Vaccination United Provinces of Agra and Oudh 1914-1922 - 1914-1922
Year: 1914
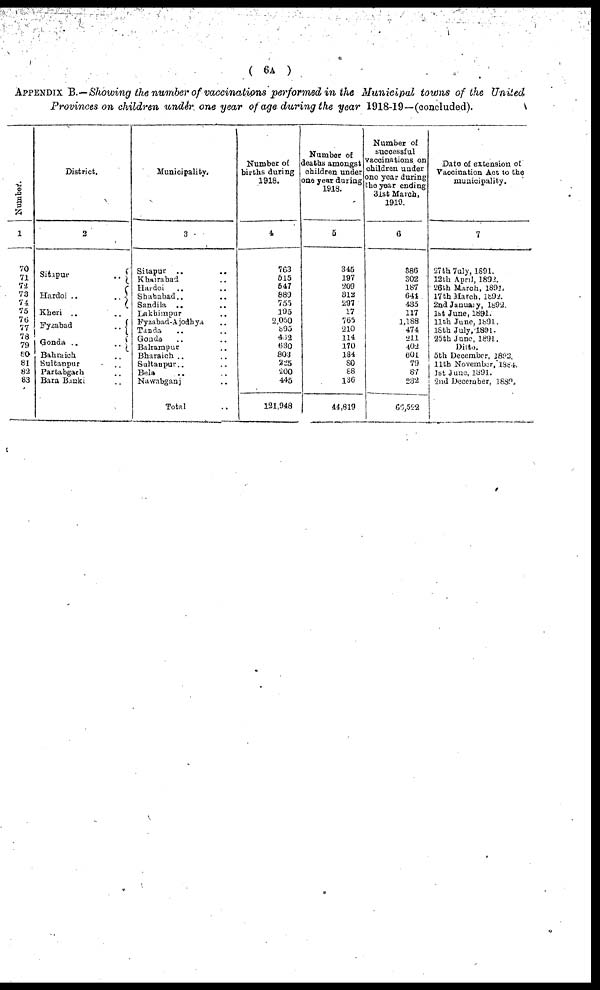
( 6A )
APPENDIX B.—Showing the number of vaccinations performed in the Municipal towns of the United
Provinces on children under one year of age during the year 1918-19—(concluded).
Number.
1
70
71
72
73
74
75
76
77
78
79
80
81
82
83
District.
2
Sitapur
..
Hardoi ..
..
Kheri .. ..
Fyzabad
..
Gonda ..
..
Bahraich ..
Sultanpur ..
Partabgarh ..
Bara Banki ..
Municipality.
3
Sitapur .. ..
Khairabad ..
Hardoi .. ..
Shahabad.. ..
Sandila .. ..
Lakhimpur ..
Fyzabad-Ajodhya ..
Tanda .. ..
Gonda .. ..
Balrampur ..
Bharaich .. ..
Sultanpur.. ..
Bela .. ..
Nawabganj ..
Total ..
Number of
births during
1918.
4
763
515
547
889
755
195
2,050
895
452
630
803
225
200
445
121,948
Number of
deaths amongst
children under
one year during
1918.
5
345
197
209
312
297
17
765
210
114
170
184
80
88
136
44,819
Number of
successful
vaccinations on
children under
one year during
the year ending
31st March,
1919.
6
386
302
187
641
435
117
1,188
474
211
402
601
79
87
232
66,522
Date of extension of
Vaccination Act to the
municipality.
7
27th July, 1891.
12th April, 1892.
26th March, 1891.
17th March, 1892.
2nd January, 1892.
1st June, 1891.
11th June, 1891.
18th July, 1891.
25th June, 1891.
Ditto.
5th December, 1892.
11th November, 1884.
1st June, 1891.
2nd December, 1882.